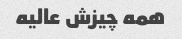
همه چیزش عالیه